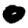
Digit: 0